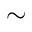
\sim